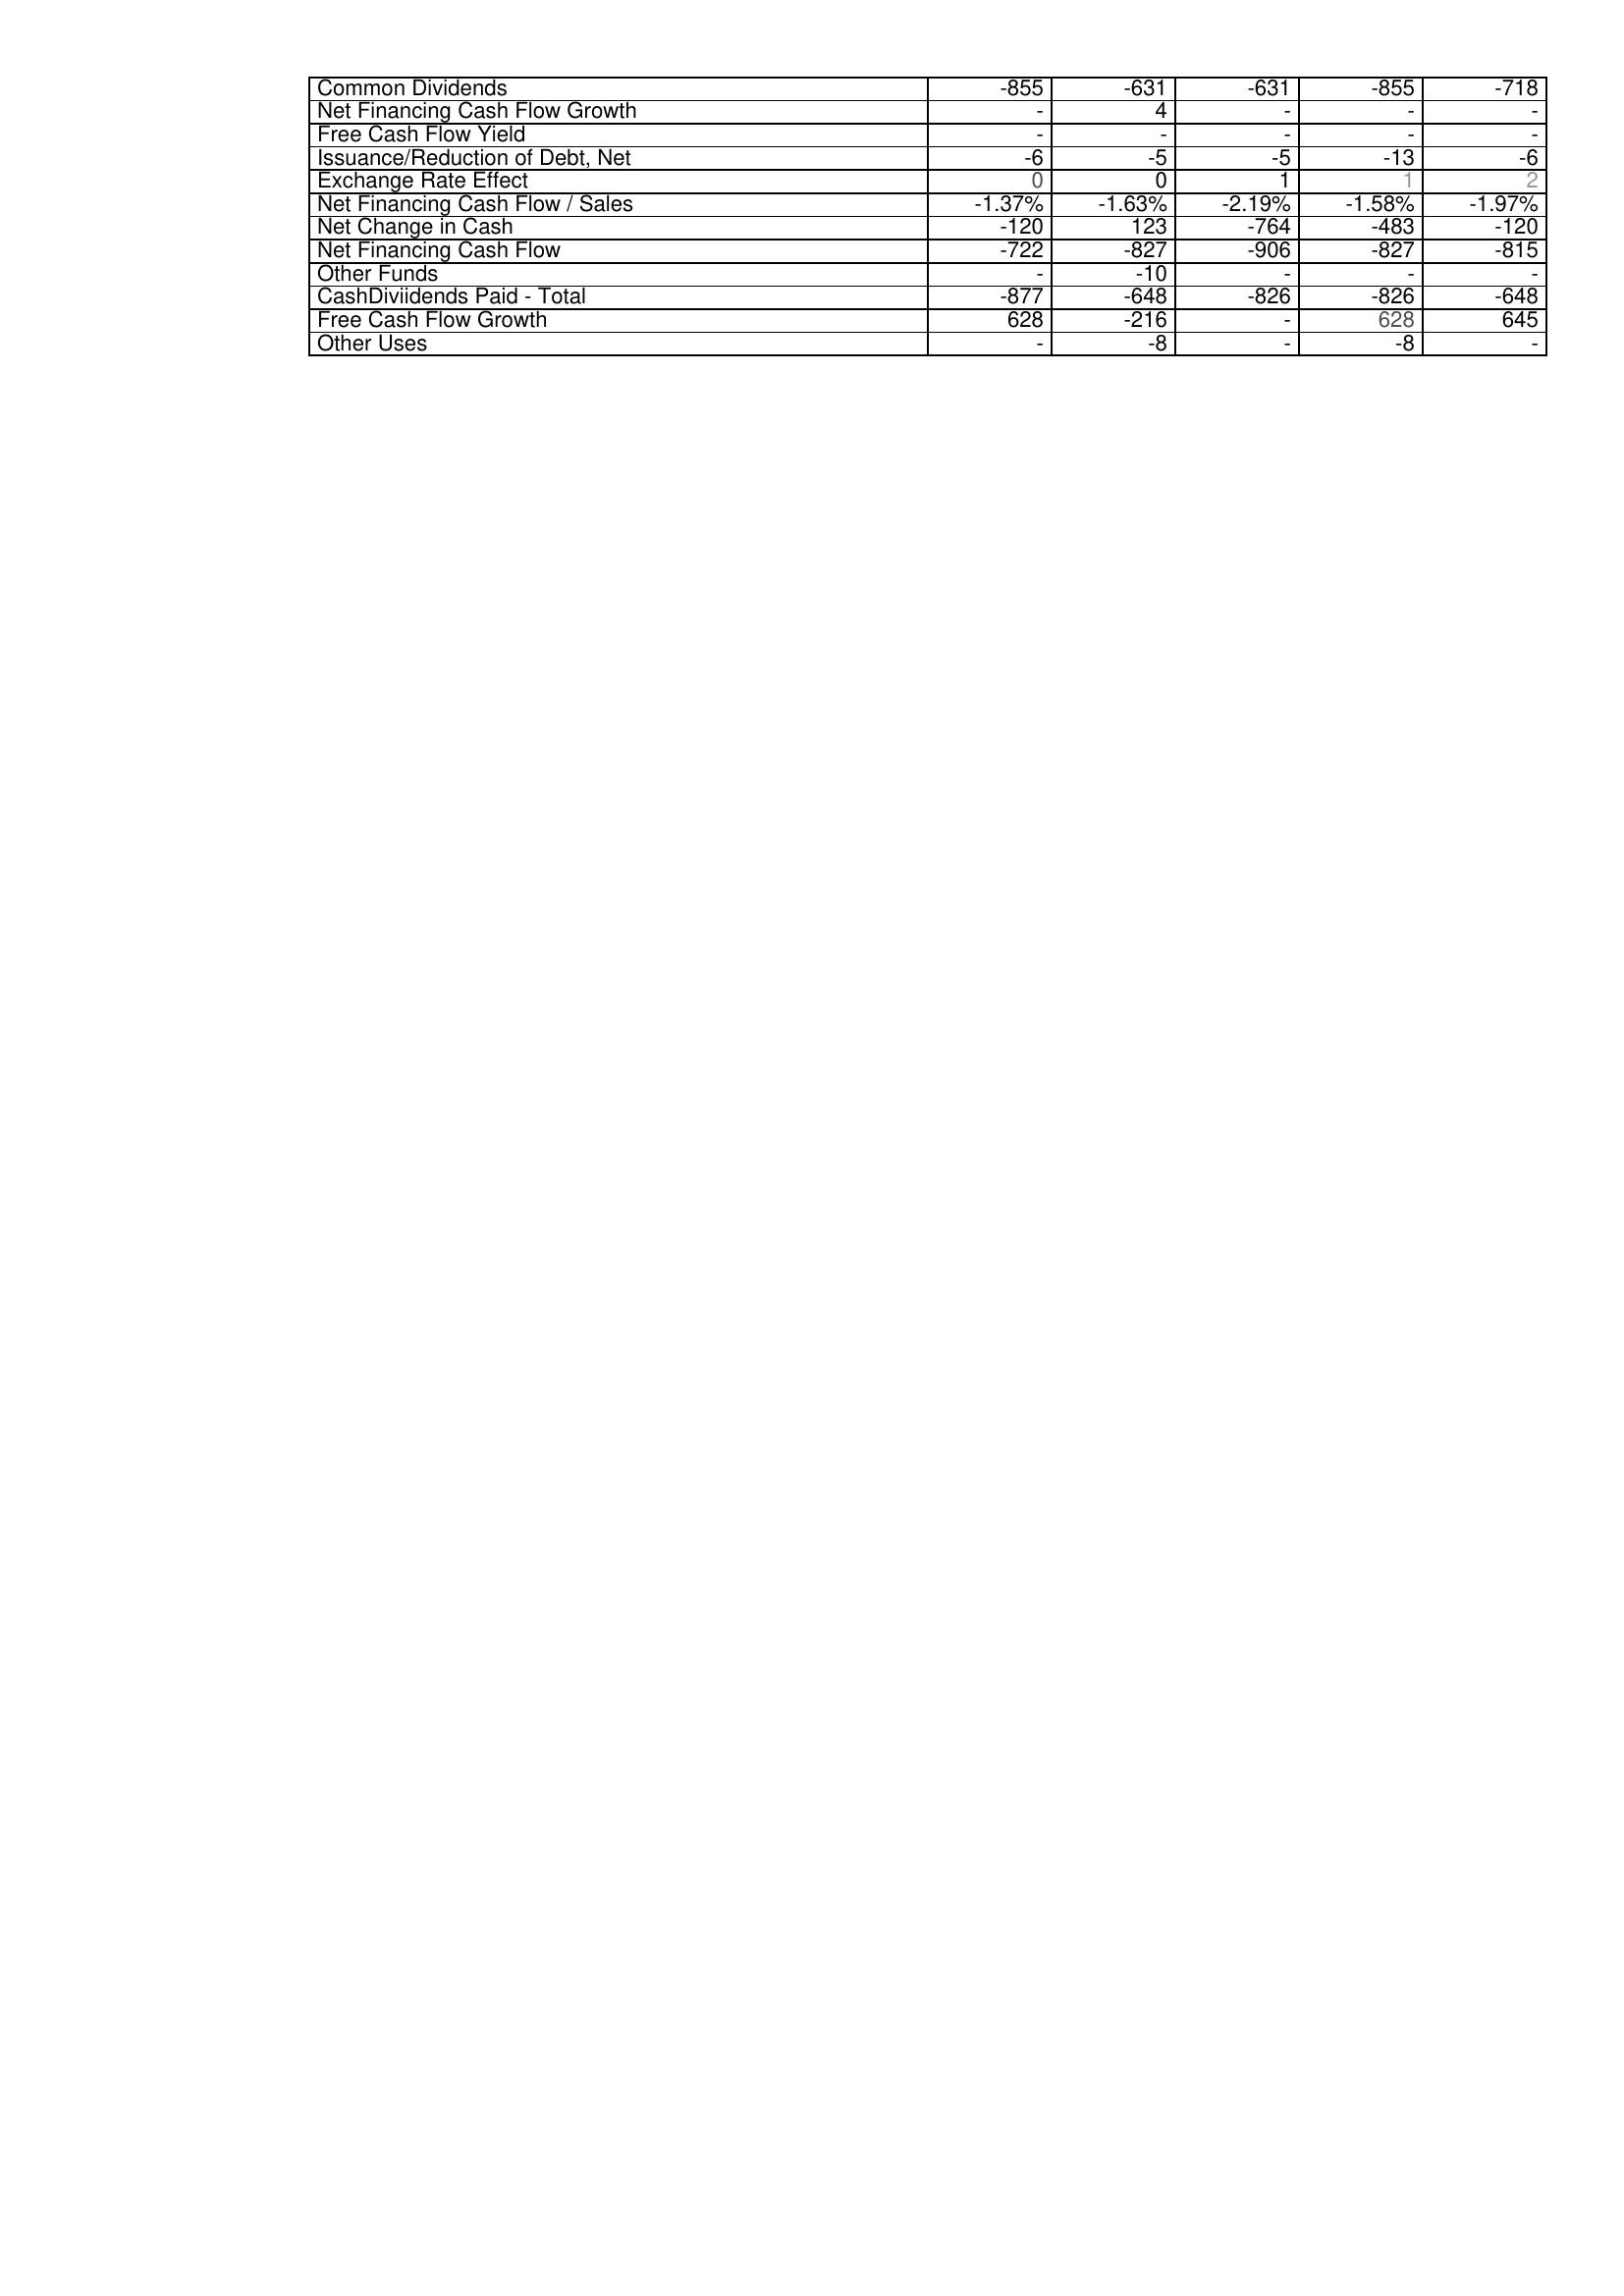
2005: Financing Activities: Common Dividends: -855
Net Financing Cash Flow Growth: -
Free Cash Flow Yield: -
Issuance/Reduction of Debt, Net: -6
Exchange Rate Effect: 0
Net Financing Cash Flow / Sales: -1.37%
Net Change in Cash: -120
Net Financing Cash Flow: -722
Other Funds: -
CashDiviidends Paid - Total: -877
Free Cash Flow Growth: 628
Other Uses: -
2006: Financing Activities: Common Dividends: -631
Net Financing Cash Flow Growth: 4
Free Cash Flow Yield: -
Issuance/Reduction of Debt, Net: -5
Exchange Rate Effect: 0
Net Financing Cash Flow / Sales: -1.63%
Net Change in Cash: 123
Net Financing Cash Flow: -827
Other Funds: -10
CashDiviidends Paid - Total: -648
Free Cash Flow Growth: -216
Other Uses: -8
2007: Financing Activities: Common Dividends: -631
Net Financing Cash Flow Growth: -
Free Cash Flow Yield: -
Issuance/Reduction of Debt, Net: -5
Exchange Rate Effect: 1
Net Financing Cash Flow / Sales: -2.19%
Net Change in Cash: -764
Net Financing Cash Flow: -906
Other Funds: -
CashDiviidends Paid - Total: -826
Free Cash Flow Growth: -
Other Uses: -
2008: Financing Activities: Common Dividends: -855
Net Financing Cash Flow Growth: -
Free Cash Flow Yield: -
Issuance/Reduction of Debt, Net: -13
Exchange Rate Effect: 1
Net Financing Cash Flow / Sales: -1.58%
Net Change in Cash: -483
Net Financing Cash Flow: -827
Other Funds: -
CashDiviidends Paid - Total: -826
Free Cash Flow Growth: 628
Other Uses: -8
2009: Financing Activities: Common Dividends: -718
Net Financing Cash Flow Growth: -
Free Cash Flow Yield: -
Issuance/Reduction of Debt, Net: -6
Exchange Rate Effect: 2
Net Financing Cash Flow / Sales: -1.97%
Net Change in Cash: -120
Net Financing Cash Flow: -815
Other Funds: -
CashDiviidends Paid - Total: -648
Free Cash Flow Growth: 645
Other Uses: -